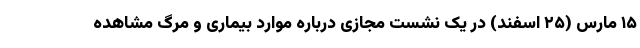
۱۵ مارس (۲۵ اسفند) در یک نشست مجازی درباره موارد بیماری و مرگ مشاهده